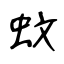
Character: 蚊